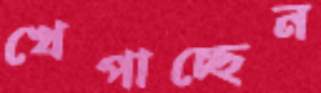
খেপাচ্ছেন